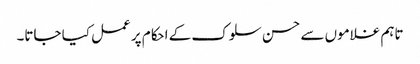
تاہم غلاموں سے حسن سلوک کے احکام پر عمل کیا جاتا۔